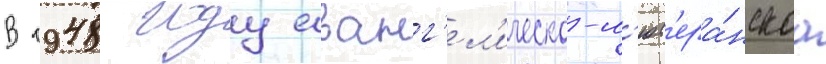
В 1948 году еванг'ел'ическо-л'ют'ера́нскаа